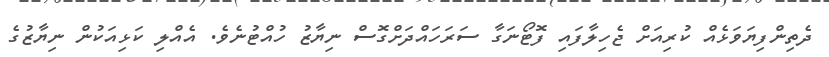
ދެތިންފިޔަވަޅެއް ކުރިއަށް ޖެހިލާފައި ފޮޓޯނަގާ ސަރަހައްދަށްގޮސް ނިޔާޒު ހުއްޓުނެވެ. އެއްލި ކަޅިއަކުން ނިޔާޒުގެ